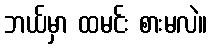
ဘယ်မှာ ထမင်း စားမလဲ။